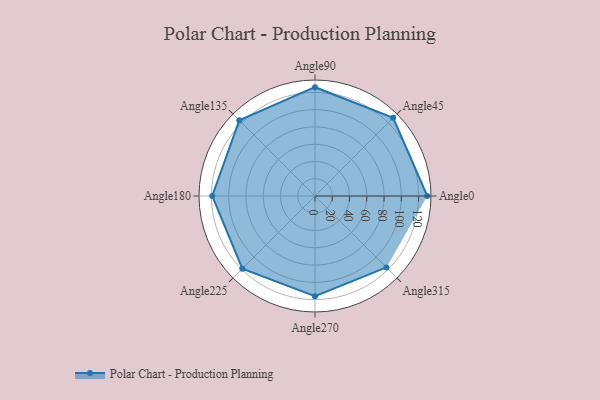
{"axis": {"x": "Angle", "y": "Radius"}, "legend": [""], "data": [{"x": "Angle0", "y": 130.0, "type": ""}, {"x": "Angle45", "y": 128.0, "type": ""}, {"x": "Angle90", "y": 126.0, "type": ""}, {"x": "Angle135", "y": 124.0, "type": ""}, {"x": "Angle180", "y": 119.0, "type": ""}, {"x": "Angle225", "y": 119.0, "type": ""}, {"x": "Angle270", "y": 116.0, "type": ""}, {"x": "Angle315", "y": 117.0, "type": ""}]}